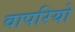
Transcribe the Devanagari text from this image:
वापरियो